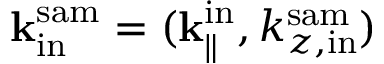
{ \bf k } _ { \mathrm { i n } } ^ { \mathrm { s a m } } = ( { \bf k } _ { \parallel } ^ { \mathrm { i n } } , k _ { z , \mathrm { i n } } ^ { \mathrm { s a m } } )